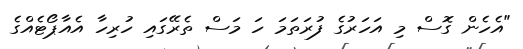
"އެހެން ގޮސް މި އަހަރުގެ ފުރަތަމަ ހަ މަސް ތެރޭގައި ހުރިހާ އެއާޕޯޓެއްގެ